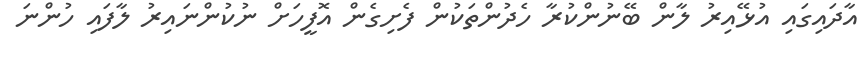
އާދައިގައި އުޅޭއިރު ލާން ބޭނުންކުރާ ހެދުންތަކުން ފެށިގެން އޮފީހަށް ނުކުންނައިރު ލާފައި ހުންނަ